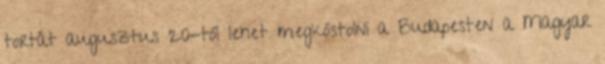
tortát augusztus 20-tól lehet megkóstolni a Budapesten a Magyar